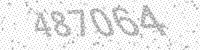
Solution: 487064